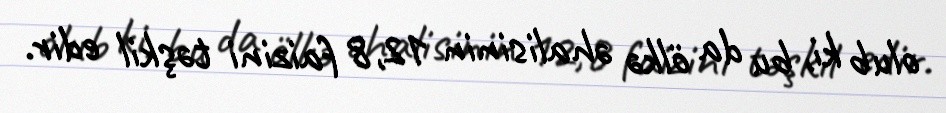
olub ki, bu da ölkə əhalisinin 12,8 faizini təşkil edir.